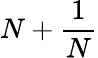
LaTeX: N+{\frac{1}{N}}